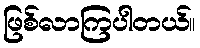
ဖြစ်လာကြပါတယ်။